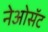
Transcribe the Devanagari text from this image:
नेओसॅट